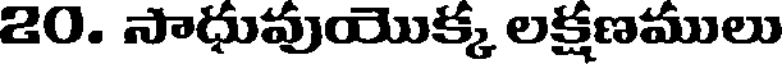
20. సాధుపుయొక్క లక్షణములు